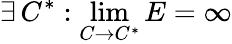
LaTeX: \exists\, C^{*}:\operatorname*{lim}_{C\to C^{*}}E=\infty